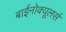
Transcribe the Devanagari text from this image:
बाईनोक्यूलर्स